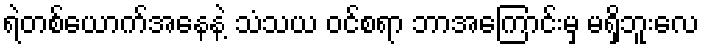
ရဲတစ်ယောက်အနေနဲ့ သံသယ ဝင်စရာ ဘာအကြောင်းမှ မရှိဘူးလေ